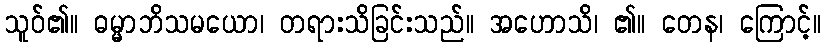
သူဝ်၏။ ဓမ္မာဘိသမယော၊ တရားသိခြင်းသည်။ အဟောသိ၊ ၏။ တေန၊ ကြောင့်။